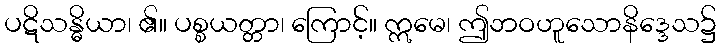
ပဋိသန္ဓိယာ၊ ၏။ ပစ္စယတ္တာ၊ ကြောင့်။ ဣမေ၊ ဤဘဝဟူသောနိဒ္ဒေသ၌